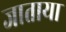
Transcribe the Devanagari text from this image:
जाताया